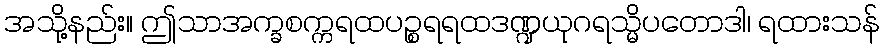
အသို့နည်း။ ဤသာအက္ခစက္ကရထပဉ္စရရထဒဏ္ဍယုဂရသ္မိပတောဒါ၊ ရထားသန်